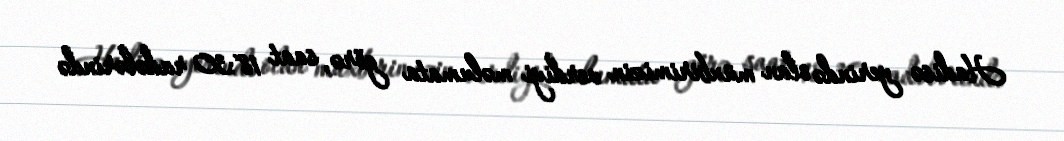
Hadisə yerində olan müxbirimizin verdiyi məlumata görə, saat 18:30 radələrində